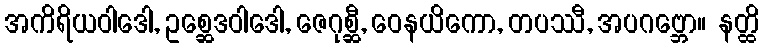
အကိရိယဝါဒေါ, ဥစ္ဆေဒဝါဒေါ, ဇေဂုစ္ဆီ, ဝေနယိကော, တပဿီ, အပဂဗ္ဘော။ နတ္ထိ